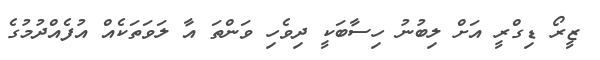
ޒީރޯ ޑިގްރީ އަށް ލިބުނު ހިސާބަކީ ދިވެހި ވަންތަ އާ ލަވަތަކެއް އުފެއްދުމުގެ